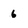
Character: 6